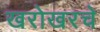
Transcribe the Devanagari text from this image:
खरोखरचे